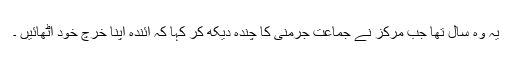
یہ وہ سال تھا جب مرکز نے جماعت جرمنی کا چندہ دیکھ کر کہا کہ آئندہ اپنا خرچ خود اٹھائیں ۔